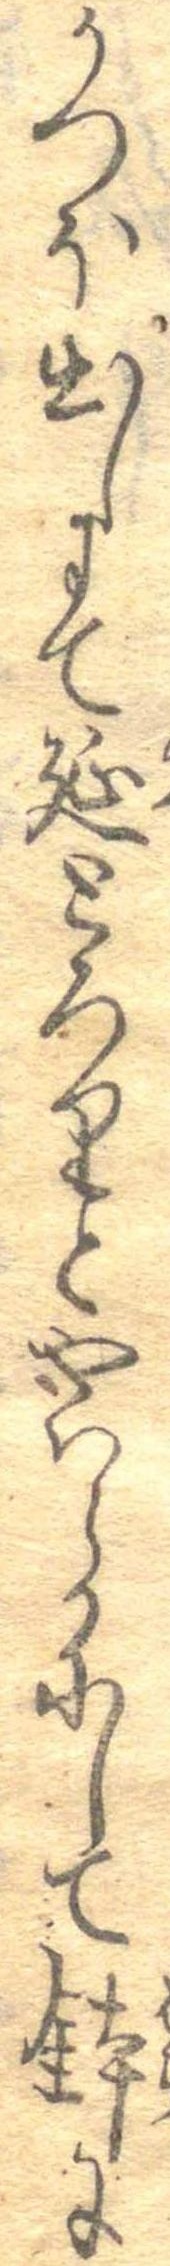
かつほ出しにて延とろりとやはらかにして鉢に